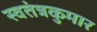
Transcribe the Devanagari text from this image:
स्वतंत्रकुमार